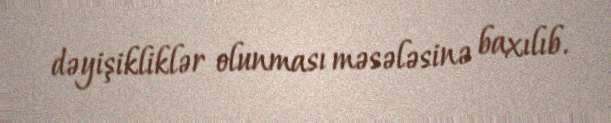
dəyişikliklər olunması məsələsinə baxılıb.